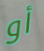
أو